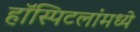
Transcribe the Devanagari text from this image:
हॉस्पिटलांमध्ये